65_HS1-834228961_62-HQ-83894_Section_7
Agency: FBI
Page 179
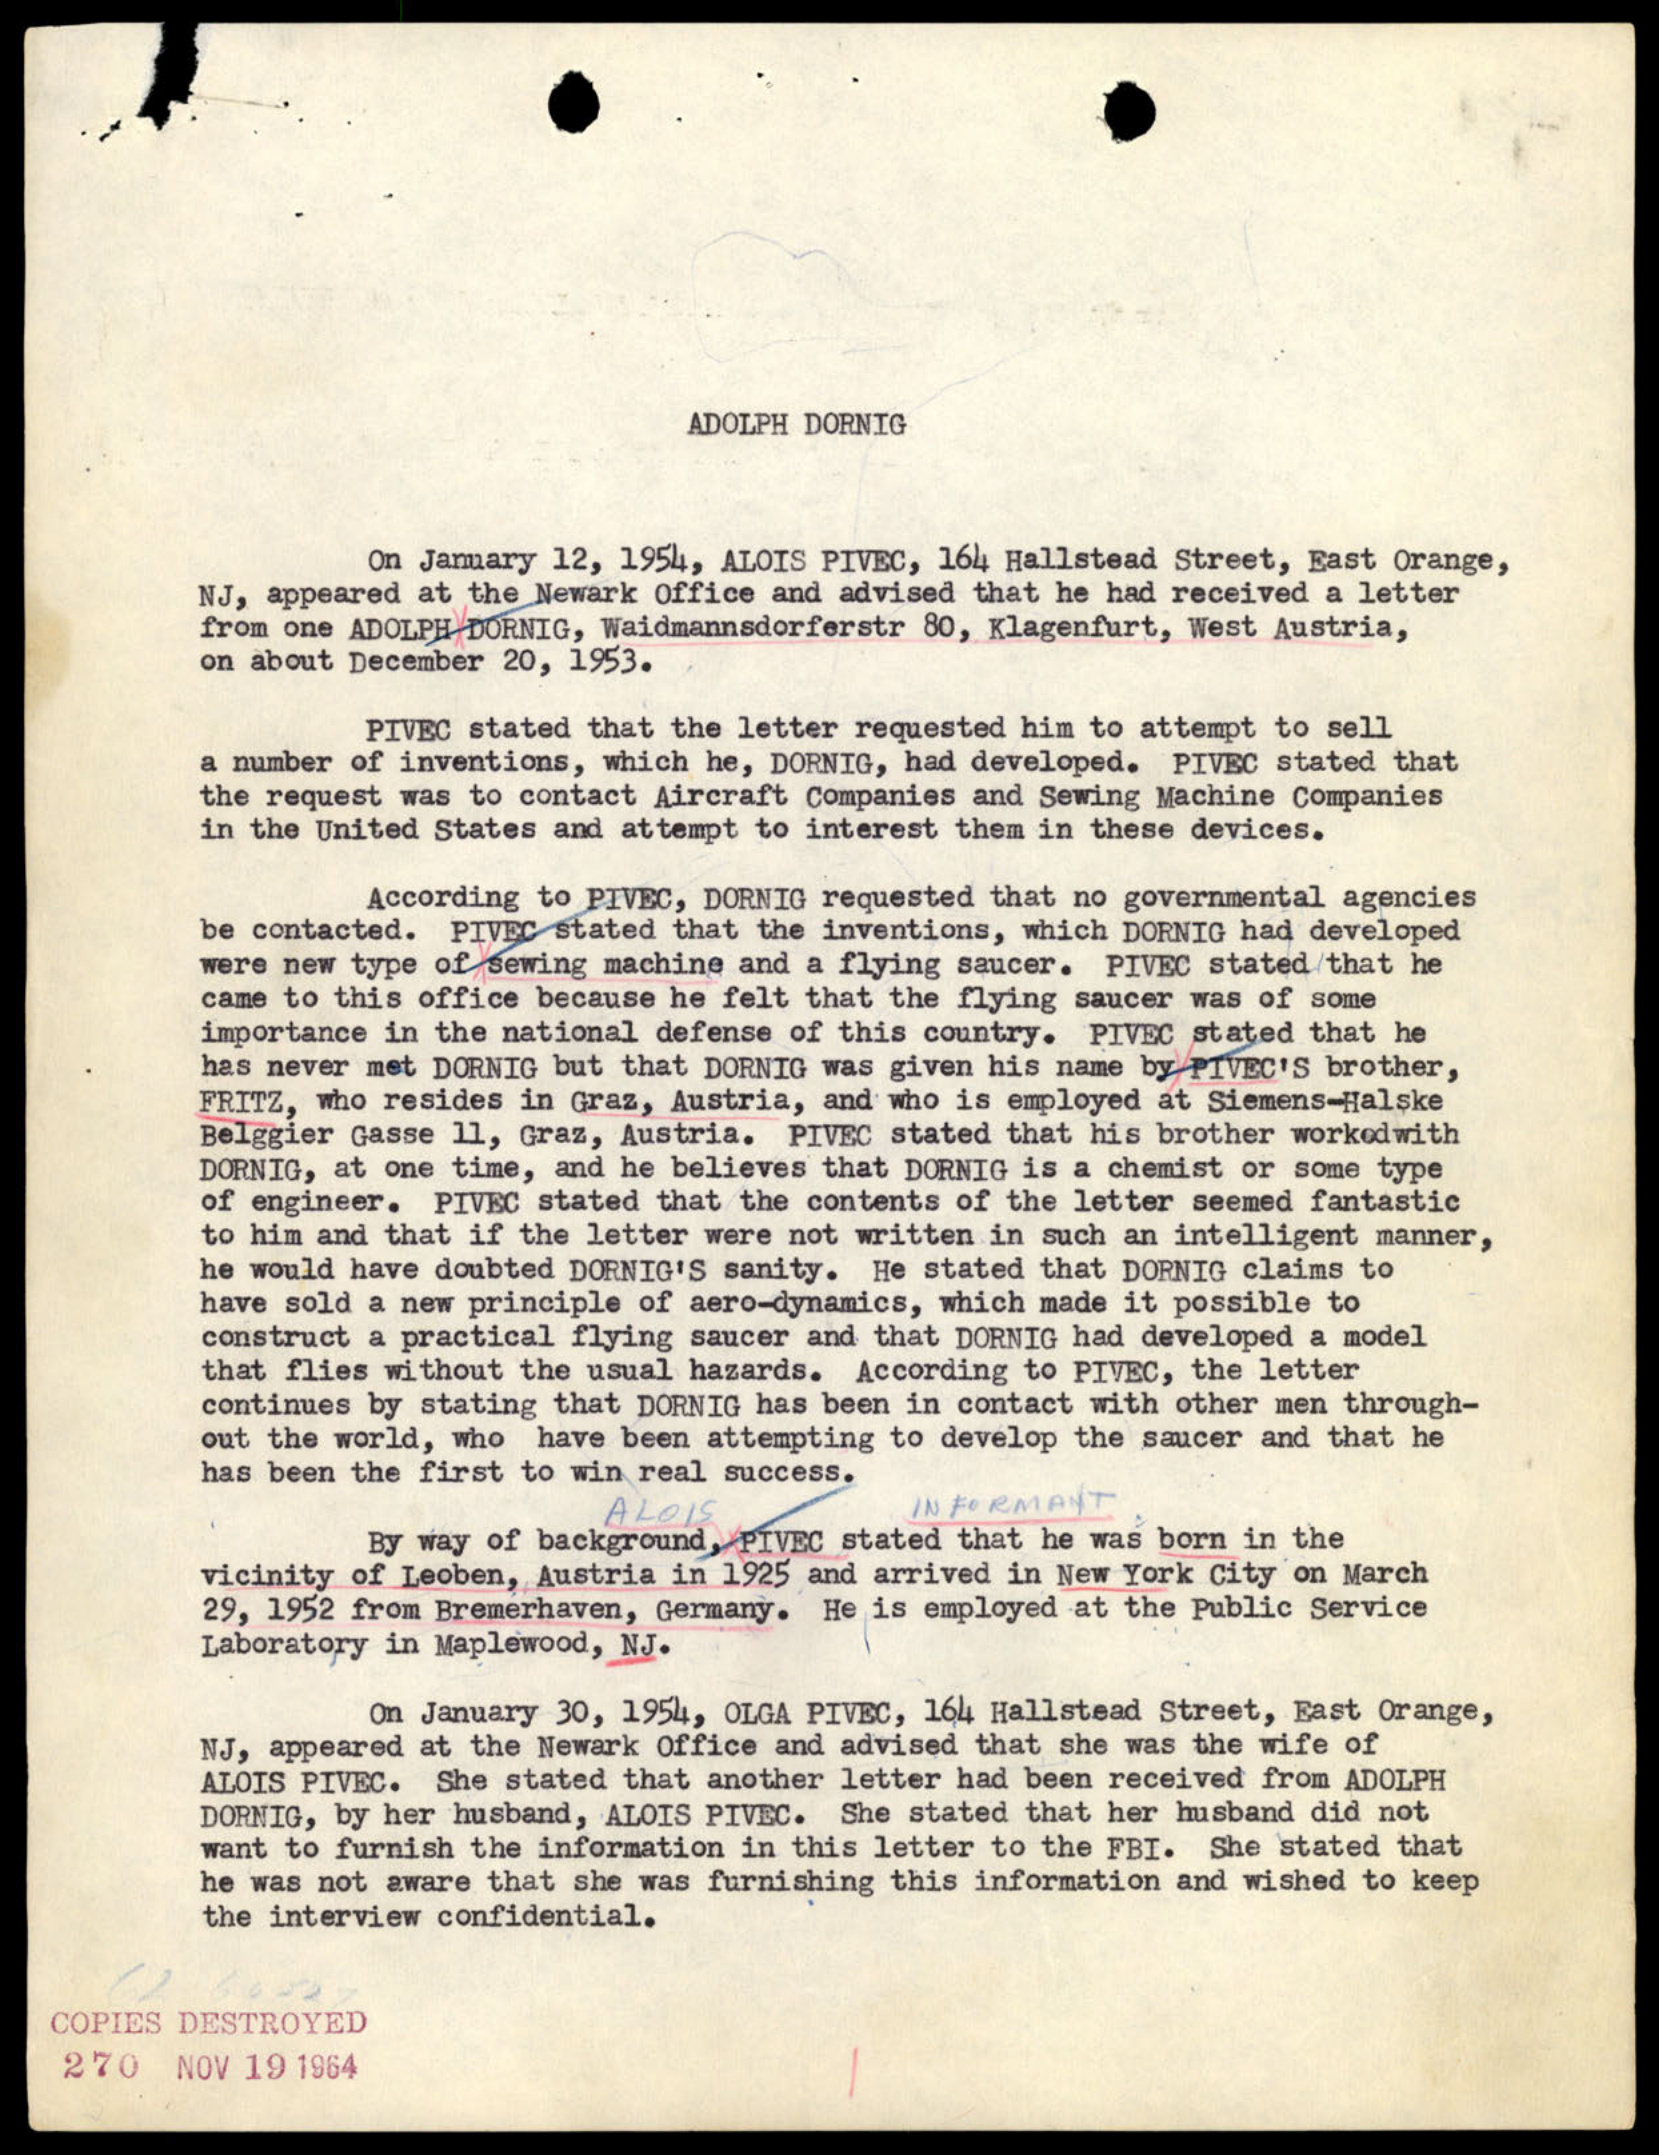